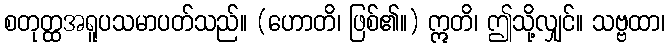
စတုတ္ထအရူပသမာပတ်သည်။ (ဟောတိ၊ ဖြစ်၏။) ဣတိ၊ ဤသို့လျှင်။ သဗ္ဗထာ၊